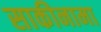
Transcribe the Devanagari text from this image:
साकीनामा